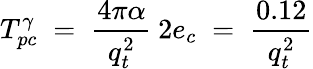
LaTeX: T_{pc}^{\gamma}\; =\; \frac{4\pi\alpha}{q_{t}^{2}}\: 2e_{c}\; =\; \frac{0.12}{q_{t}^{2}}